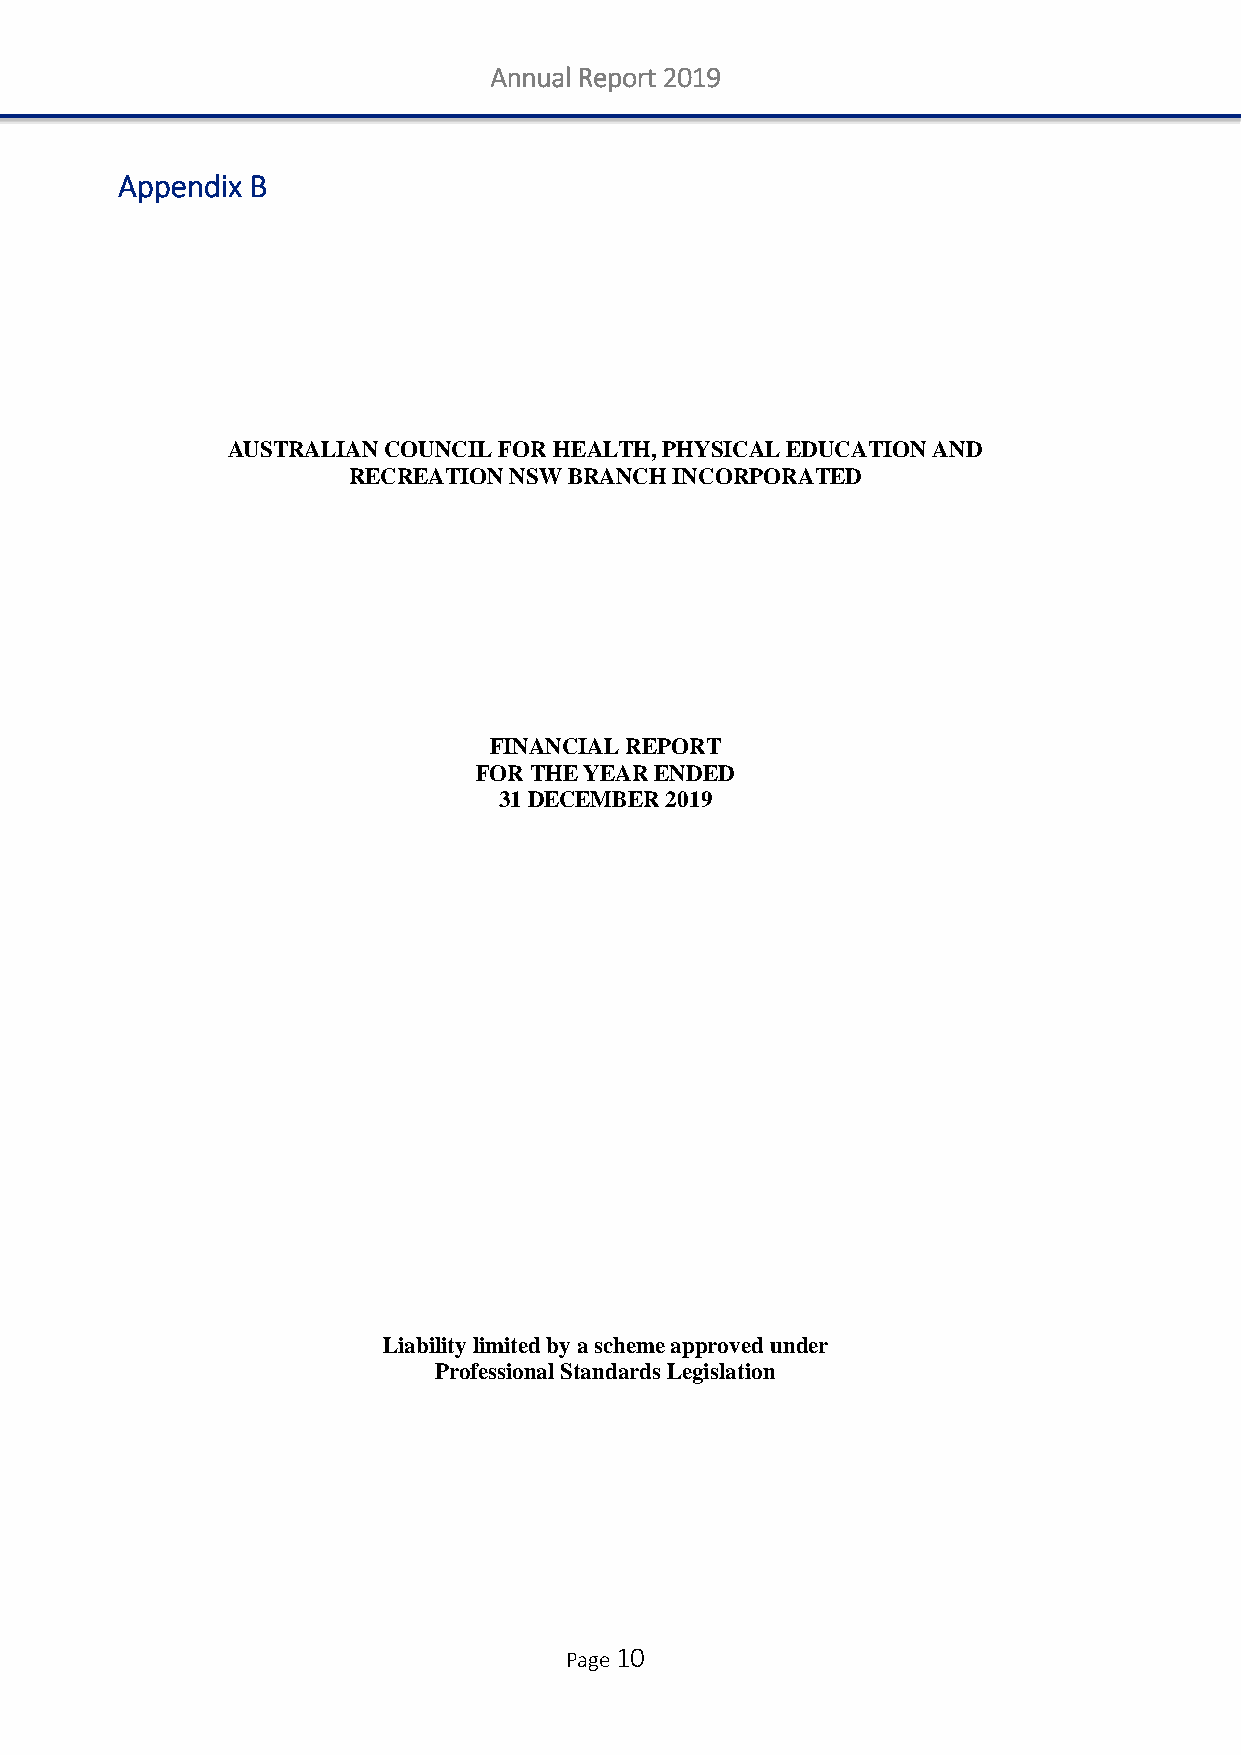
Annual Report 2019
 Appendix B
 AUSTRALIAN COUNCIL FOR HEALTH, PHYSICAL EDUCATION AND
 RECREATION NSW BRANCH INCORPORATED
 FINANCIAL REPORT
 FOR THE YEAR ENDED
 31 DECEMBER 2019
 Liability limited by a scheme approved under
 Professional Standards Legislation
 Page 10